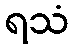
ရသံ